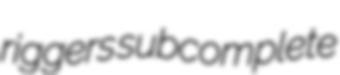
riggers subcomplete